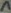
Text: 1